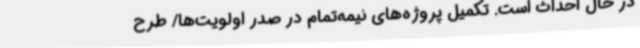
در حال احداث است. تکمیل پروژه‌های نیمه‌تمام در صدر اولویت‌ها/ طرح‌